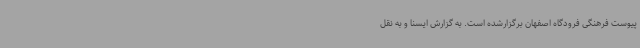
پیوست فرهنگی فرودگاه اصفهان برگزارشده است. به گزارش ایسنا و به نقل